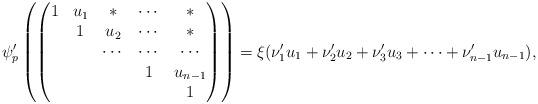
LaTeX: \begin{align*} \psi_p' \left(\begin{pmatrix} 1&u_1&*&\cdots&*\\ &1&u_2&\cdots&*\\ &&\cdots&\cdots&\cdots \\ &&&1&u_{n-1}\\ &&&&1\end{pmatrix}\right) = \xi( \nu_1' u_1+ \nu_2' u_2+ \nu_3' u_3+\cdots+ \nu_{n-1}' u_{n-1}),\end{align*}